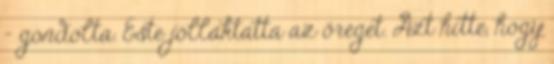
– gondolta. Este jóllaktatta az öreget. Azt hitte, hogy